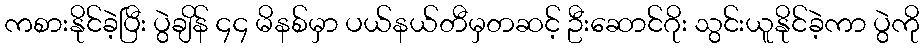
ကစားနိုင်ခဲ့ပြီး ပွဲချိန် ၄၄ မိနစ်မှာ ပယ်နယ်တီမှတဆင့် ဦးဆောင်ဂိုး သွင်းယူနိုင်ခဲ့ကာ ပွဲကို